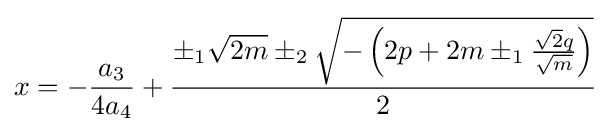
x=-{a_{3} \over 4a_{4}}+{\pm _{1}{\sqrt {2m}}\pm _{2}{\sqrt {-\left(2p+2m\pm _{1}{{\sqrt {2}}q \over {\sqrt {m}}}\right)}} \over 2}